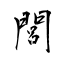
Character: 閭